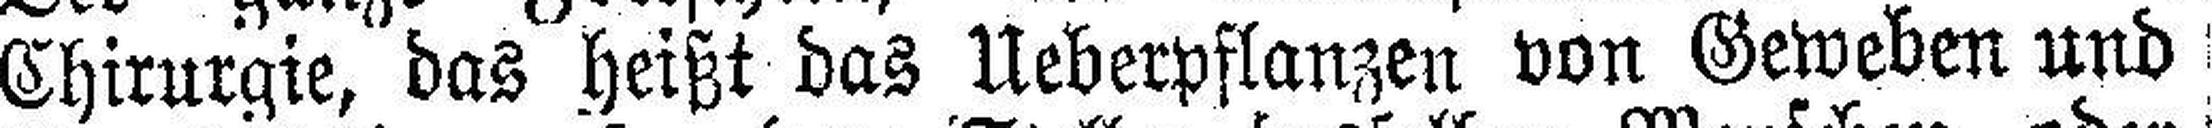
Chirurgie, das heißt das Ueberpflanzen von Geweben und